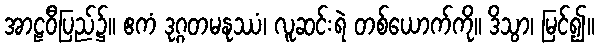
အာဠဝီပြည်၌။ ဧကံ ဒုဂ္ဂတမနုဿံ၊ လူဆင်းရဲ တစ်ယောက်ကို။ ဒိသွာ၊ မြင်၍။